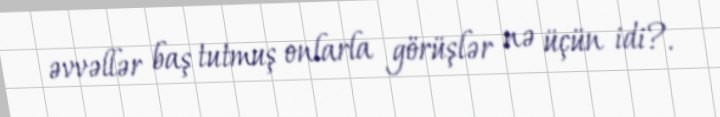
əvvəllər baş tutmuş onlarla görüşlər nə üçün idi?.